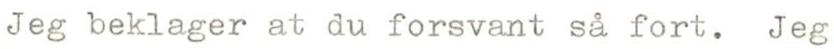
Jeg beklager at du forsvant så fort. Jeg